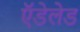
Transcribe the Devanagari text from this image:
ऍडेलेड